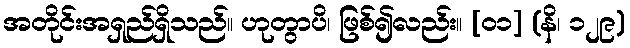
အတိုင်းအရှည်ရှိသည်။ ဟုတွာပိ၊ ဖြစ်၍လည်း။ [၀၁] (နိ၊ ၁၂၉)